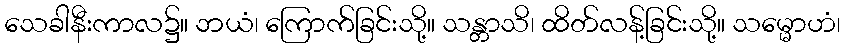
သေခါနီးကာလ၌။ ဘယံ၊ ကြောက်ခြင်းသို့။ သန္တာသိ၊ ထိတ်လန့်ခြင်းသို့။ သမ္မောဟံ၊